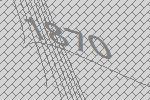
1870